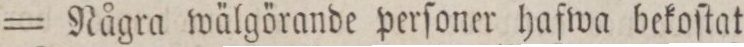
= Några wälgörande perſoner hafwa bekoſtat